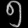
Digit: ၅